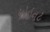
પોઇનટ